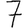
Digit: 7